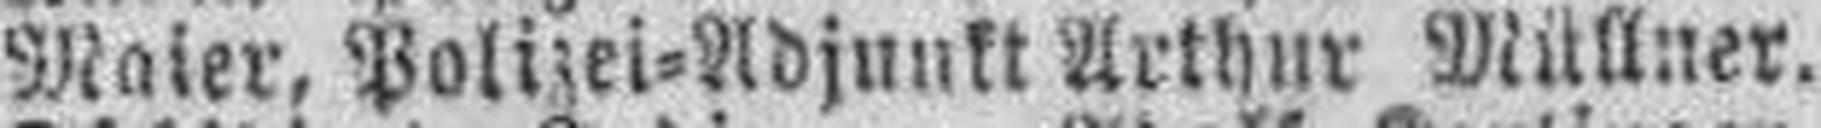
Maier, Polizei=Adjunkt Arthur Müllner.